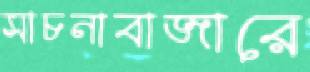
সাচনাবাজারে